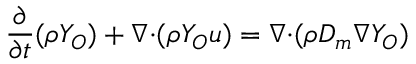
\frac { \partial } { \partial t } ( \rho Y _ { O } ) + \boldsymbol { \nabla \cdot } ( \rho Y _ { O } \boldsymbol { u } ) = \boldsymbol { \nabla \cdot } ( \rho D _ { m } \boldsymbol { \nabla } Y _ { O } )